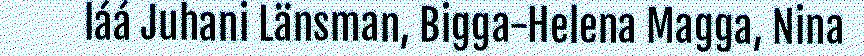
láá Juhani Länsman, Bigga-Helena Magga, Nina